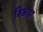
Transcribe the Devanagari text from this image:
बिभड़ा